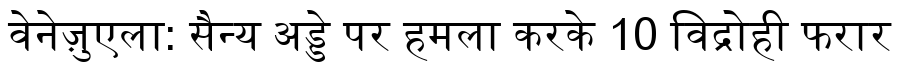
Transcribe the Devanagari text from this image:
वेनेज़ुएला: सैन्य अड्डे पर हमला करके 10 विद्रोही फरार